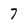
Character: 7